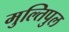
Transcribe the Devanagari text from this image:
मुल्तिपुल